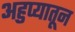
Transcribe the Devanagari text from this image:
अहुप्यातून